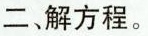
二、解方程.。